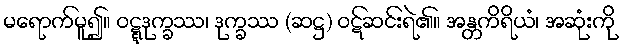
မရောက်မူ၍။ ဝဋ္ဋဒုက္ခဿ၊ ဒုက္ခဿ (ဆဋ္ဌ) ဝဋ်ဆင်းရဲ၏။ အန္တကိရိယံ၊ အဆုံးကို